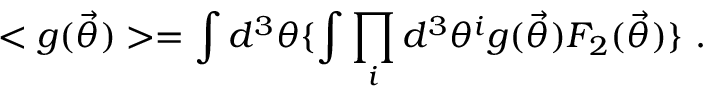
< g ( { \vec { \theta } } ) > = \int d ^ { 3 } \theta \{ \int \prod _ { i } d ^ { 3 } \theta ^ { i } g ( { \vec { \theta } } ) F _ { 2 } ( { \vec { \theta } } ) \} \ .